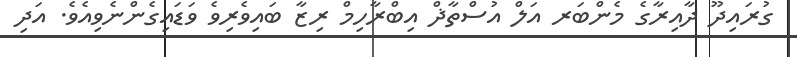
ގުރައިދޫ ދާއިރާގެ މެންބަރ އަލް އުސްތާޛް އިބްރާހިމް ރިޒާ ބައިވެރިވެ ވަޑައިގެންނެވިއެވެ. އަދި